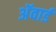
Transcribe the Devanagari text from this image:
अॅवार्ड